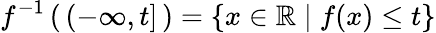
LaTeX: f^{-1}\left(\, (-\infty,t]\, \right)=\{ x\in\mathbb{R}\mid f(x)\leq t\}